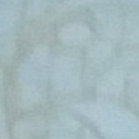
موقف رئيسي